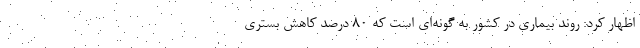
اظهار کرد: روند بیماری در کشور به گونه‌ای است که ۸۰ درصد کاهش بستری